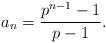
LaTeX: \begin{align*}a_n = \frac{p^{n-1}-1}{p-1}.\end{align*}